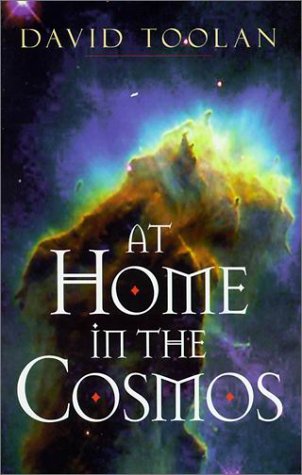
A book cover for At Home in the Cosmos; David Toolan; Christian Books & Bibles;